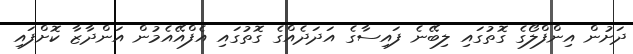
ދަށުން އިންފްލޯގެ ގޮތުގައި ލިބޭނެ ފައިސާގެ އަދަދެއްގެ ގޮތުގައި އެފްއޭއެމުން އަންދާޒާ ކޮށްފައި